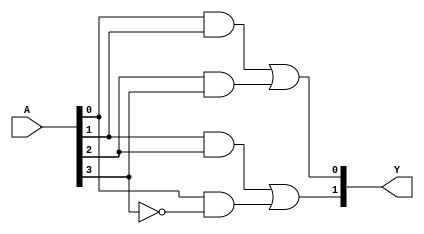
module jewel_pal (
    input wire [N-1:0] A,  // N input signals
    output wire [M-1:0] Y  // M output signals
);

// Parameters for the number of inputs and outputs
parameter N = 4;  // Number of inputs (e.g., A[0], A[1], A[2], A[3])
parameter M = 2;  // Number of outputs (e.g., Y[0], Y[1])

// Programmable AND array
wire [N-1:0] and_outputs [M-1:0]; // Outputs from AND gates

// Example of programming AND gates
// Each AND gate can be programmed to connect different input signals

// AND gate for output Y[0]
assign and_outputs[0] = (A[0] & A[1]) | (A[2] & A[3]); // Example: Y[0] = (A[0] AND A[1]) OR (A[2] AND A[3])

// AND gate for output Y[1]
assign and_outputs[1] = (A[1] & A[2]) | (A[0] & ~A[3]); // Example: Y[1] = (A[1] AND A[2]) OR (A[0] AND NOT A[3])

// Fixed OR array
// The outputs Y are derived from the AND gate outputs
assign Y[0] = and_outputs[0];
assign Y[1] = and_outputs[1];

endmodule